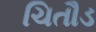
ચિતૌડ